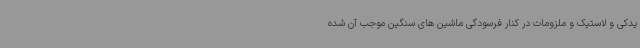
یدکی و لاستیک و ملزومات در کنار فرسودگی ماشین های سنگین موجب آن شده